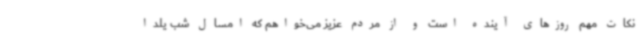
نکات مهم روزهای آینده است و از مردم عزیز می‌خواهم که امسال شب یلدا